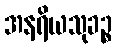
အနရိယသုခဉ္စ